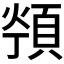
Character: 𱂖